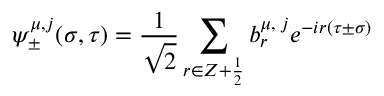
\psi _ { \pm } ^ { \mu , j } ( \sigma , \tau ) = \frac { 1 } { \sqrt 2 } \sum _ { r \in Z + \frac { 1 } { 2 } } b _ { r } ^ { \mu , \; j } e ^ { - i r ( \tau \pm \sigma ) }